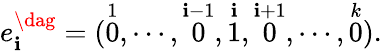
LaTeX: e_{\mathbf{i}}^{\dag}=(\stackrel{1}{0},\cdots,\stackrel{\mathbf{i}-1}{0},\stackrel{\mathbf{i}}{1},\stackrel{\mathbf{i}+1}{0},\cdots,\stackrel{k}{0}).